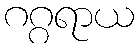
ဂဂ္ဂရာယ